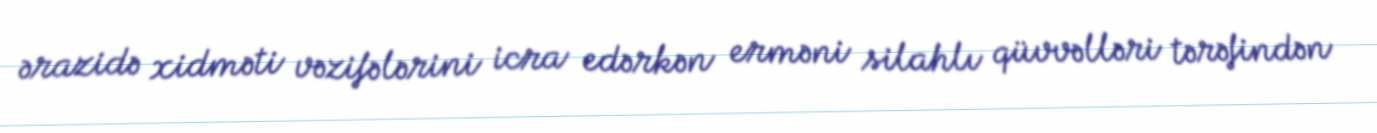
ərazidə xidməti vəzifələrini icra edərkən erməni silahlı qüvvəlləri tərəfindən